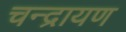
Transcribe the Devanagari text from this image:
चन्द्रायण